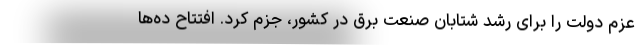
عزم دولت را برای رشد شتابان صنعت برق در کشور، جزم کرد. افتتاح ده‌ها